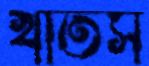
খাতস